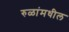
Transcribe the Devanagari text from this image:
रुळांमधील